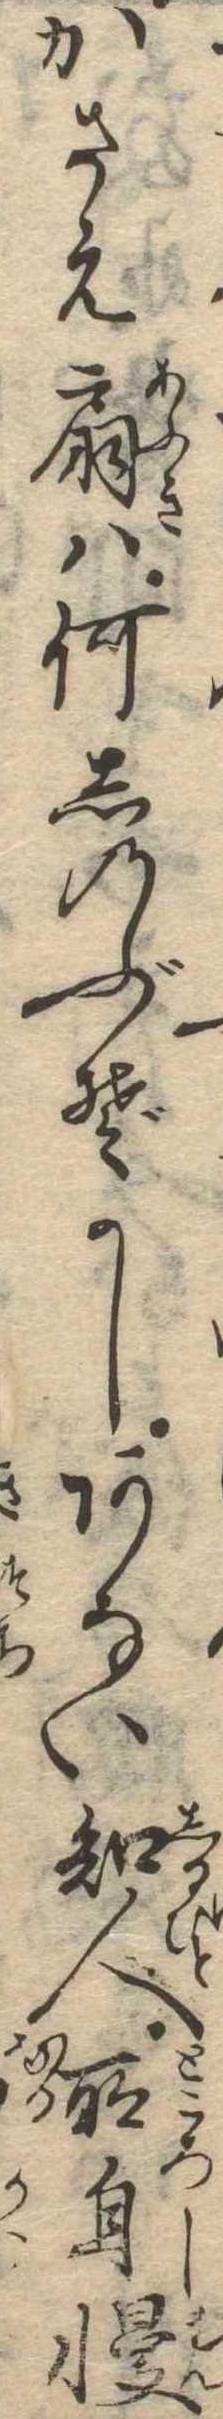
かさえ扇は何しのぶぞかしあない知人所自慢